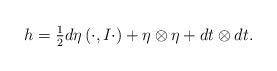
LaTeX: \begin{align*} h = \tfrac{1}{2} d \eta \left( \cdot, I \cdot \right) + \eta \otimes \eta + dt\otimes dt.\end{align*}